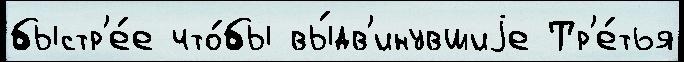
быстр'е́е что́бы вы́дв'инувшиjе Тр'е́тья